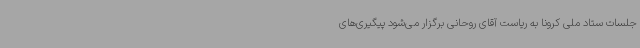
جلسات ستاد ملی کرونا به ریاست آقای روحانی برگزار می‌شود پیگیری‌های